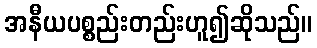
အနီယပစ္စည်းတည်းဟူ၍ဆိုသည်။